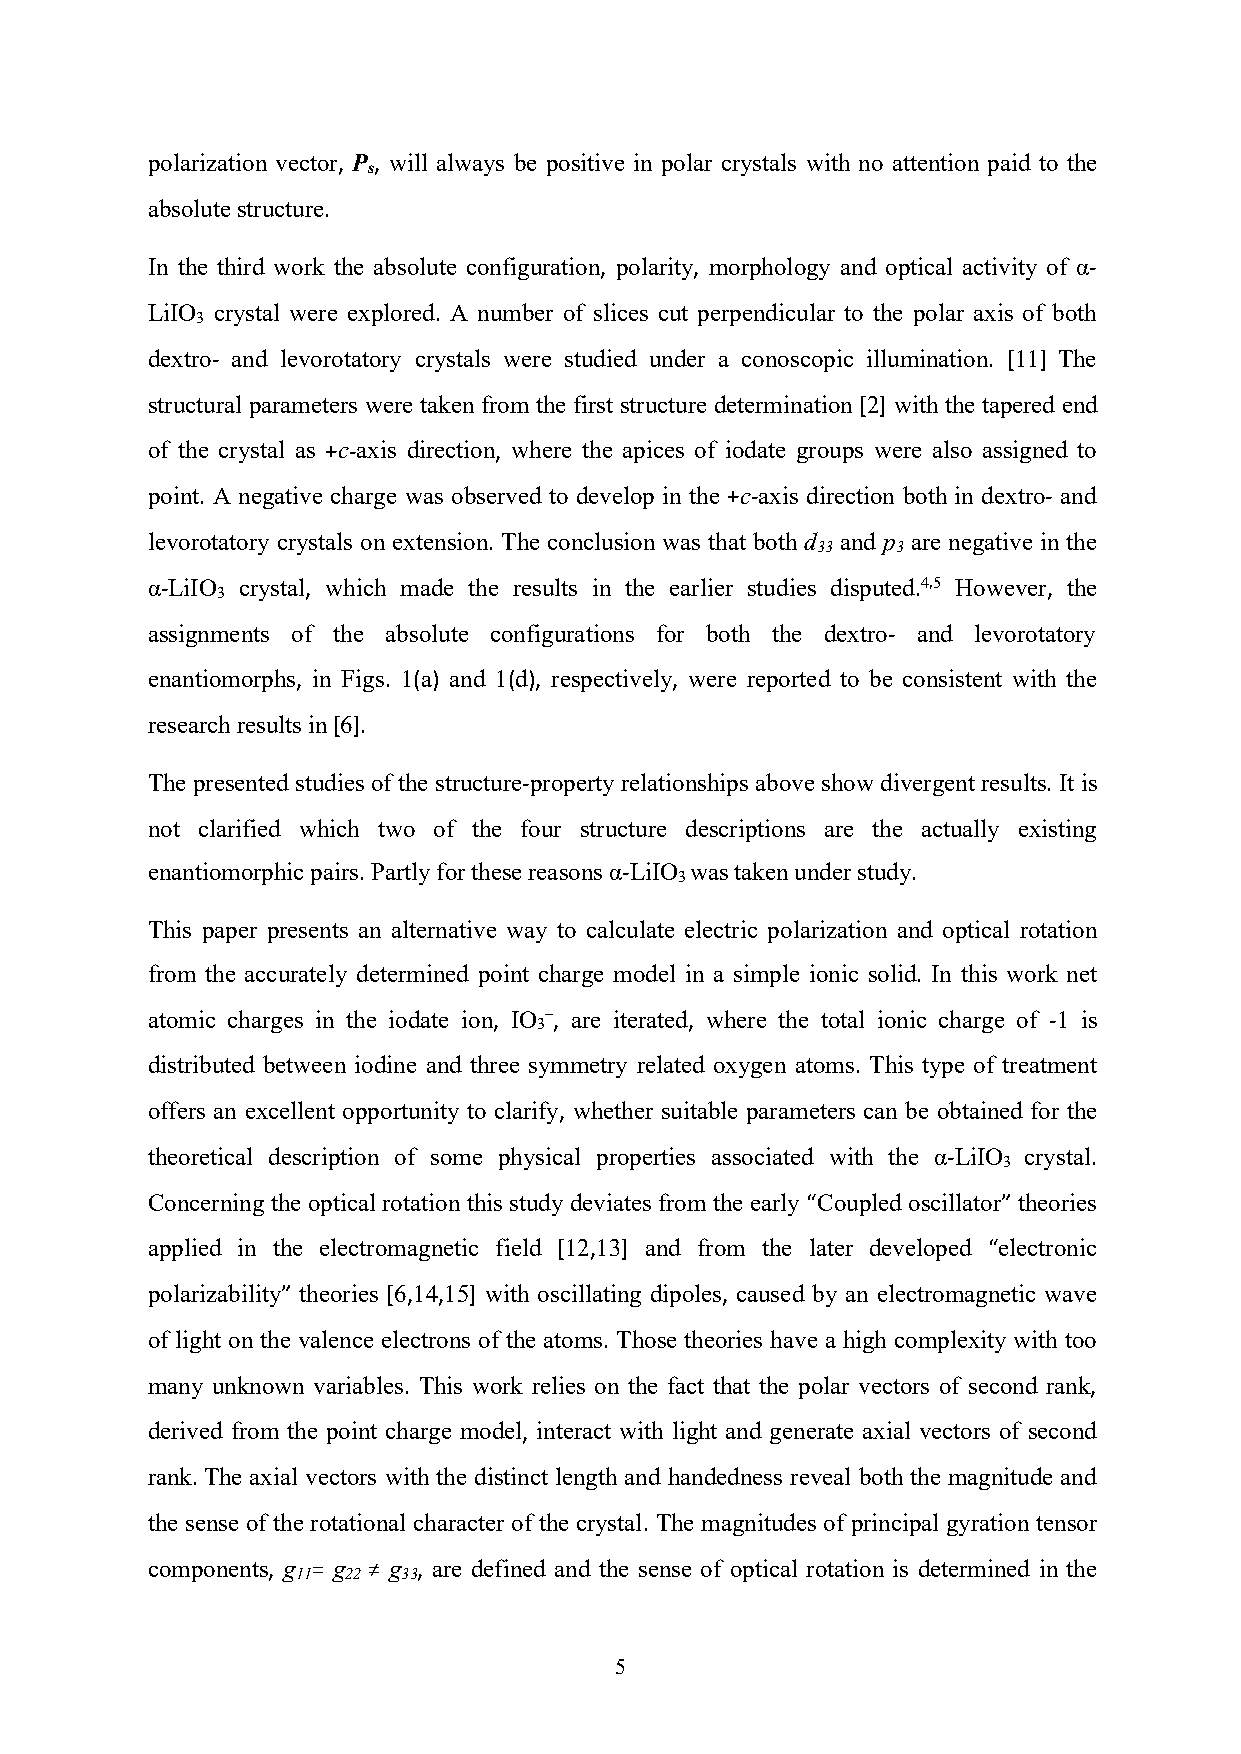
polarization vector, P, will always be positive in polar crystals with no attention paid to the
 s
 absolutestructure.
 In the third work the absolute configuration, polarity, morphology and optical activity of α-
 LiIO crystal were explored. A number of slices cut perpendicular to the polar axis of both
 3
 dextro- and levorotatory crystals were studied under a conoscopic illumination. [11] The
 structural parameters were taken from the first structure determination [2] with the tapered end
 of the crystal as +c-axis direction, where the apices of iodate groups were also assigned to
 point. A negative charge was observed to develop in the +c-axis direction both in dextro- and
 levorotatory crystals on extension. The conclusion was that both d and p are negative in the
 33   3
 α-LiIO crystal, which made the results in the earlier studies disputed.4,5 However, the
 3
 assignments of the absolute configurations for both the dextro- and levorotatory
 enantiomorphs, in Figs. 1(a) and 1(d), respectively, were reported to be consistent with the
 researchresultsin[6].
 The presented studies ofthe structure-property relationships aboveshow divergent results.It is
 not clarified which two of the four structure descriptions are the actually existing
 enantiomorphicpairs.Partlyforthesereasonsα-LiIO wastakenunderstudy.
 3
 This paper presents an alternative way to calculate electric polarization and optical rotation
 from the accurately determined point charge model in a simple ionic solid. In this work net
 atomic charges in the iodate ion, IO –, are iterated, where the total ionic charge of -1 is
 3
 distributed between iodine and three symmetry related oxygen atoms. This type of treatment
 offers an excellent opportunity to clarify, whether suitable parameters can be obtained for the
 theoretical description of some physical properties associated with the α-LiIO crystal.
 3
 Concerning the optical rotation this study deviates from the early “Coupled oscillator” theories
 applied in the electromagnetic field [12,13] and from the later developed “electronic
 polarizability” theories [6,14,15] with oscillating dipoles, caused by an electromagnetic wave
 of light on the valence electrons of the atoms. Those theories have a high complexity with too
 many unknown variables. This work relies on the fact that the polar vectors of second rank,
 derived from the point charge model, interact with light and generate axial vectors of second
 rank.The axial vectors with the distinct length and handedness reveal both the magnitude and
 the sense of the rotational character of the crystal. The magnitudes of principal gyration tensor
 components, g = g ≠ g , are defined and the sense of optical rotation is determined in the
 11 22  33
 5